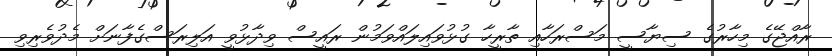
ރާއްޖޭގެ މިހާރުގެ ސިޔާސީ މަސްރަހާއި ތާރީހާ ގުޅުވައިލައްވަމުން ރައީސް ވިދާޅުވީ އަލިރަސްގެފާނަށް މެދުވެރިވި